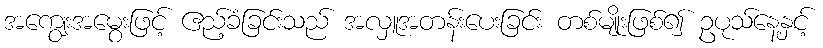
အကျွေးအမွေးဖြင့် ဧည့်ခံခြင်းသည် အလှူအတန်းပေးခြင်း တစ်မျိုးဖြစ်၍ ဥပုသ်နေ့နှင့်